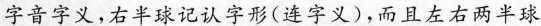
字音字义,右半球记认字形(连字义)，而且左右两半球